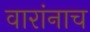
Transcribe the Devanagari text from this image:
वारांनाच